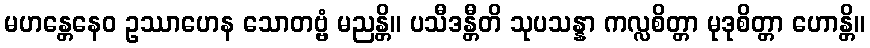
မဟန္တေနေဝ ဥဿာဟေန သောတဗ္ဗံ မညန္တိ။ ပသီဒန္တီတိ သုပသန္နာ ကလ္လစိတ္တာ မုဒုစိတ္တာ ဟောန္တိ။